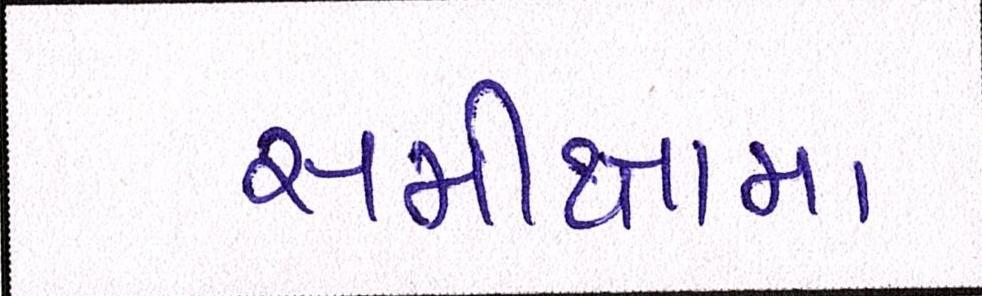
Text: સમીક્ષામાં